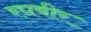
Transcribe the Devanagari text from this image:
रघबीर